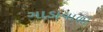
ગાડાવાળો